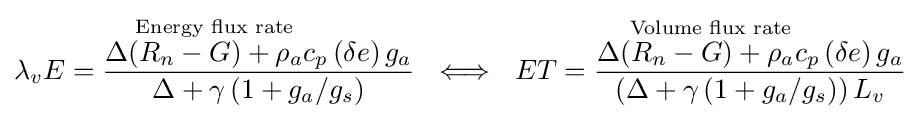
{\overset {\text{Energy flux rate}}{\lambda _{v}E={\frac {\Delta (R_{n}-G)+\rho _{a}c_{p}\left(\delta e\right)g_{a}}{\Delta +\gamma \left(1+g_{a}/g_{s}\right)}}}}~\iff ~{\overset {\text{Volume flux rate}}{ET={\frac {\Delta (R_{n}-G)+\rho _{a}c_{p}\left(\delta e\right)g_{a}}{\left(\Delta +\gamma \left(1+g_{a}/g_{s}\right)\right)L_{v}}}}}